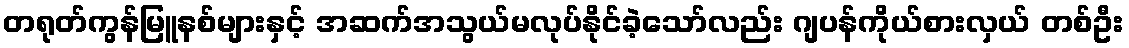
တရုတ်ကွန်မြူနစ်များနှင့် အဆက်အသွယ်မလုပ်နိုင်ခဲ့သော်လည်း ဂျပန်ကိုယ်စားလှယ် တစ်ဦး